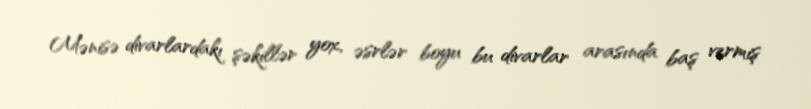
Mənisə divarlardakı şəkillər yox, əsrlər boyu bu divarlar arasında baş vermiş